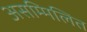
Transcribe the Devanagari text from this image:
असम्मिलित